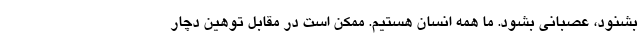
بشنود، عصبانی بشود. ما همه انسان هستیم. ممکن است در مقابل توهین دچار